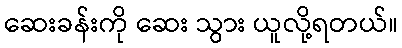
ဆေးခန်းကို ဆေး သွား ယူလို့ရတယ်။